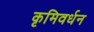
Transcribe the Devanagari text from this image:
कृमिवर्धन